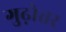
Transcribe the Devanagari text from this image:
गुढ़ोत्तर